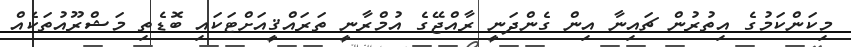
މިކަންކަމުގެ އިތުރުން ޗައިނާ އިން ގެންދަނީ ރާއްޖޭގެ އުމްރާނީ ތަރައްޤީއަށްޓަކައި ބޮޑެތި މަޝްރޫއުތަކެއް